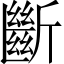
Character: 斷